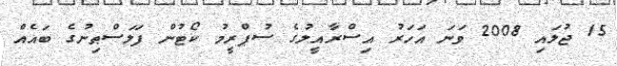
15 ޖުލައި 2008 ވަނަ އަހަރު އިސްރާއީލުގެ ސުޕްރީމު ކޯޓުން ފަލަސްޠިނުގެ ބައެއް